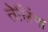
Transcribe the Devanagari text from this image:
तेलिंगा